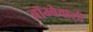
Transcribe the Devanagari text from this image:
बॉम्बेवाली